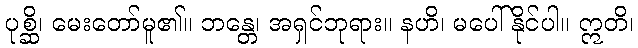
ပုစ္ဆိ၊ မေးတော်မူ၏။ ဘန္တေ၊ အရှင်ဘုရား။ နဟိ၊ မပေါ်နိုင်ပါ။ ဣတိ၊